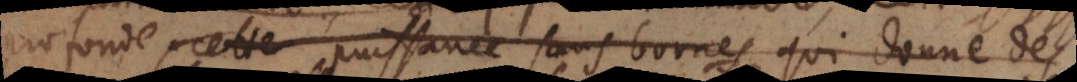
profonde, cette puissance sans bornes qui donne des